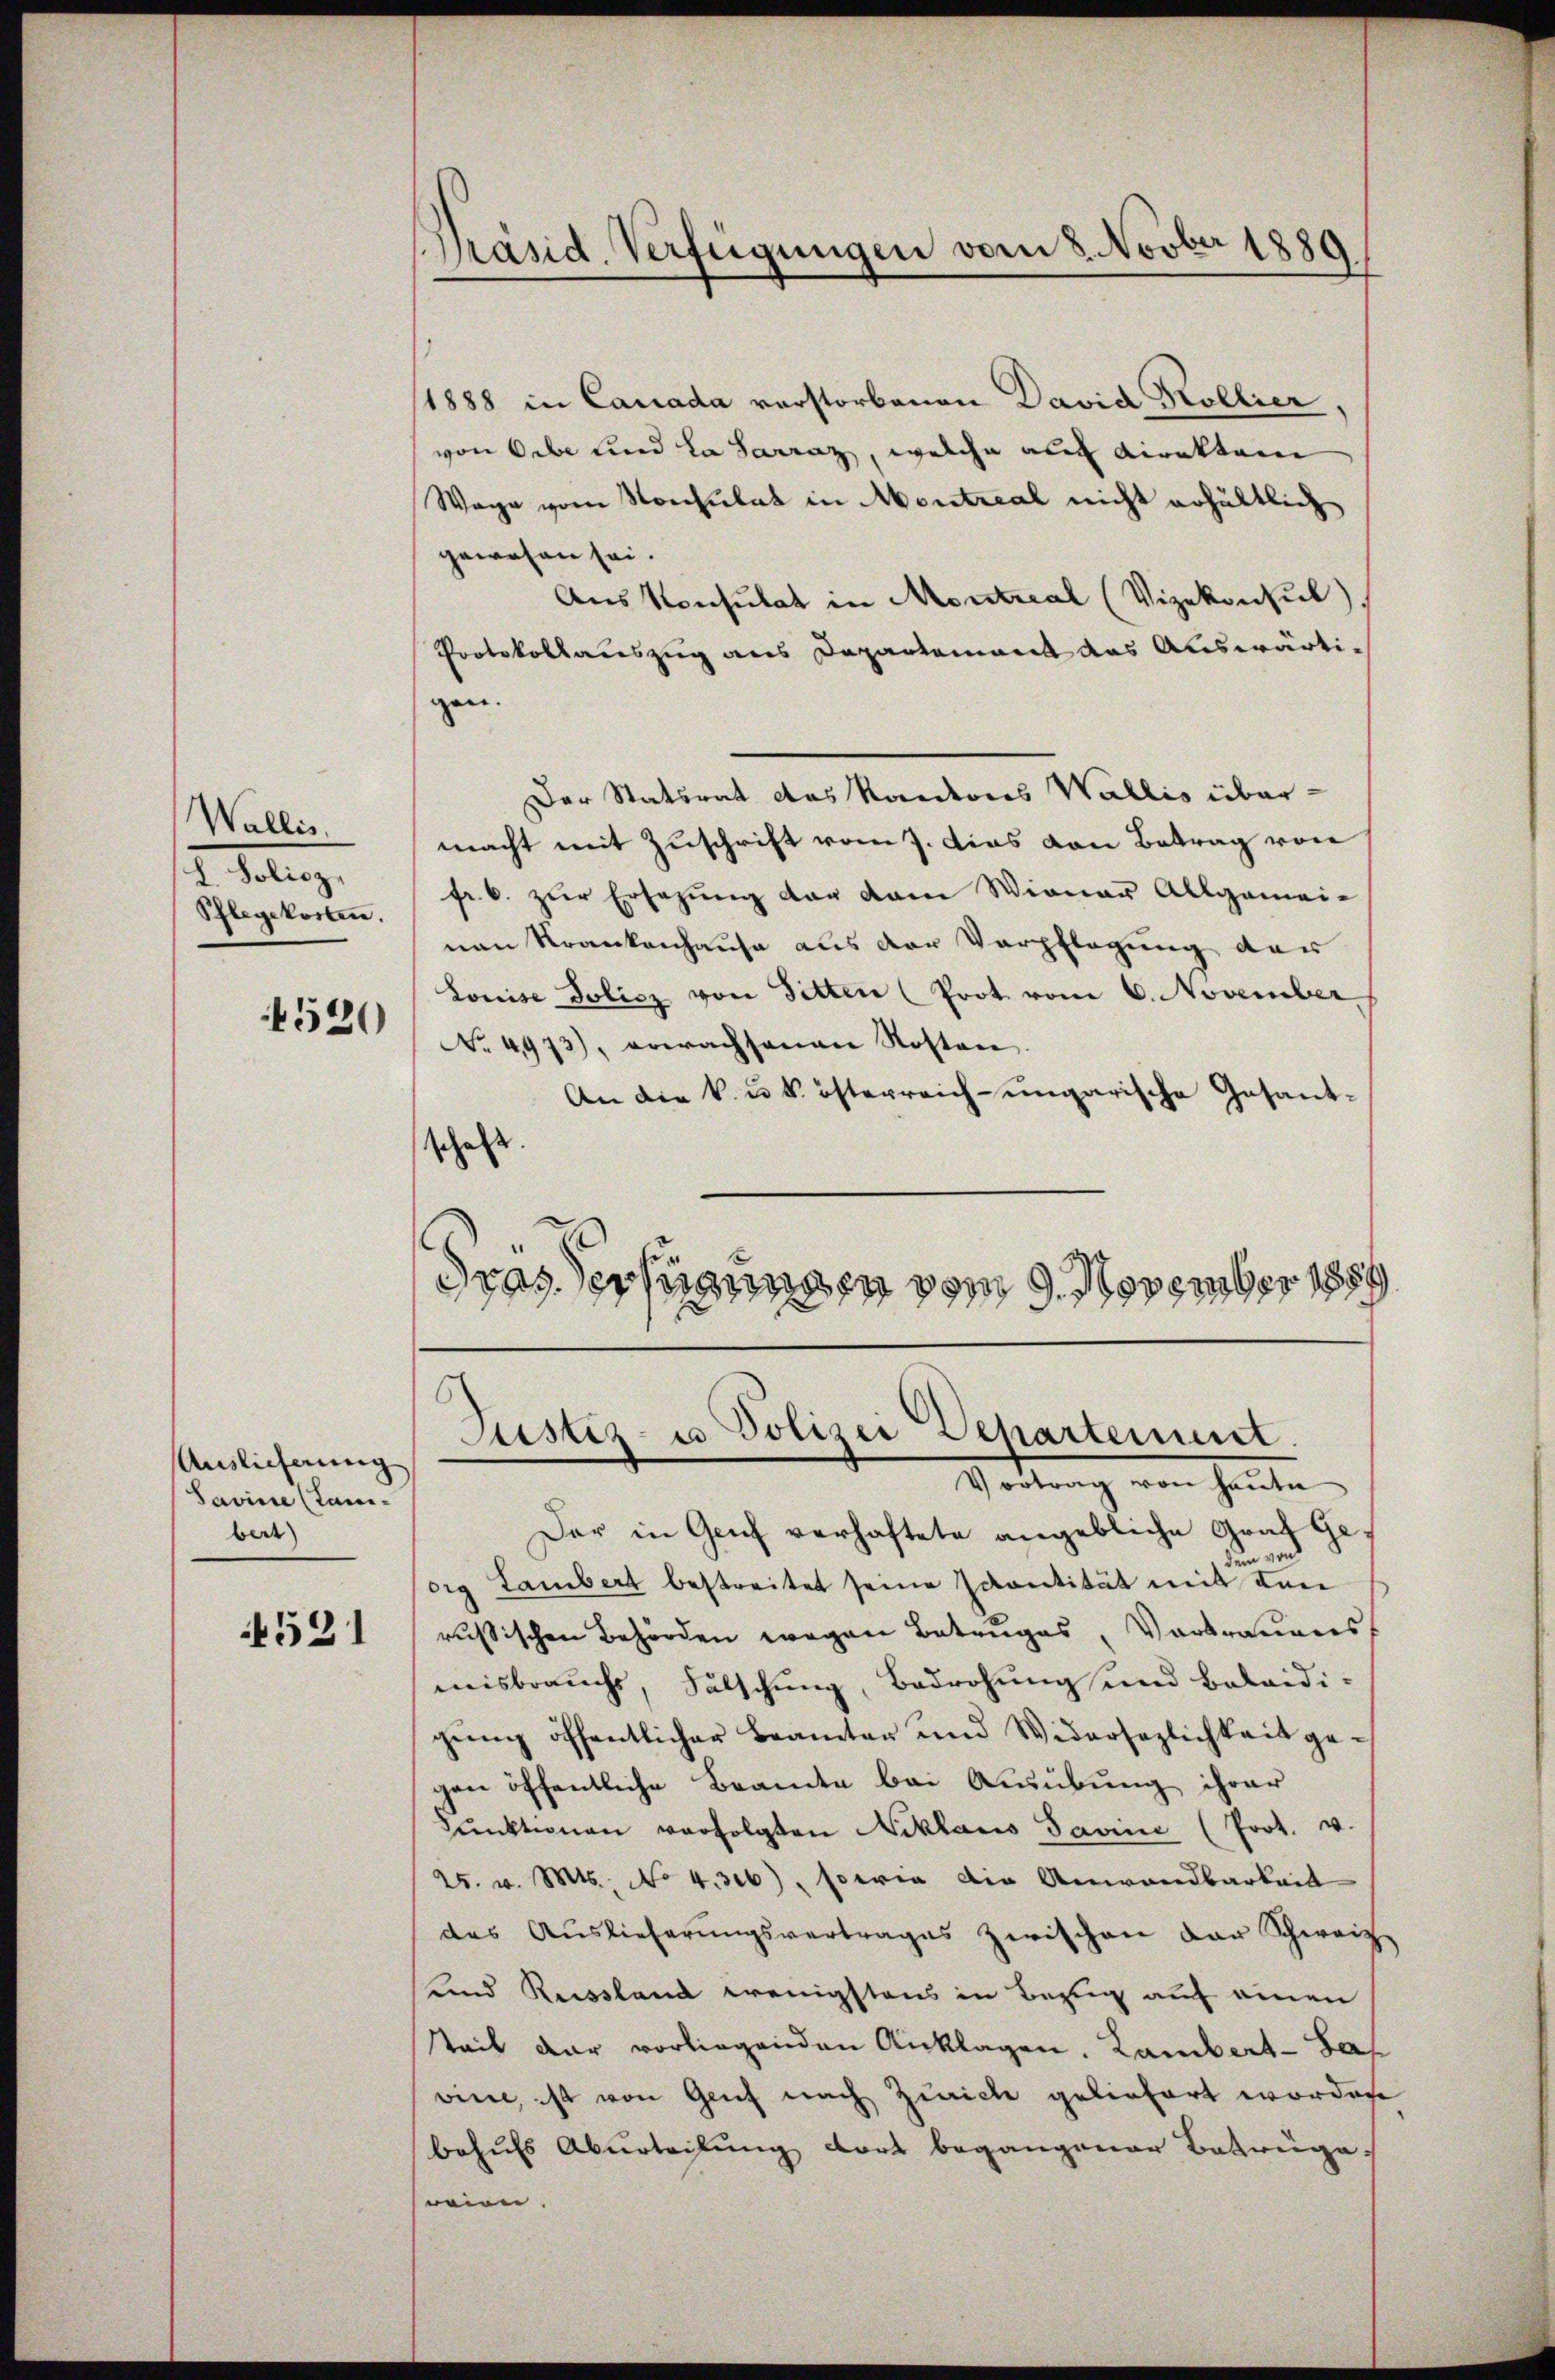
Wallis.
L. Policz,
Pflegekosten.
520

Auslieferung
Savine (Tanibert)

521

Präsid. Verfügungen vom 8. Novber 1889

(1888 in Canada verstorbenen David Kollier.
von Orbe und la Sarraz, welche auch Direkten
Wage vom Konsulat in Montreal nicht erhältlich
gewesen sei.
Aus Konsulat in Montical (Vizekonsul)
Protokollauszug aus Departement das Auswärtigen.
Der Statsrat das Kantons Wallis übermacht mit Zuschrift vom 7. Das von Betrag von
fr. 6. zur Ersezung der kam Wiener Allgemeinan Krankenhause aus der Verpflegung der
Louise Policz von Sitten (Prot vom 6. November
No. 4973), erwachsanen Kosten.
An die k. u. k. österreich-ungarische Gesandschaft
dras dersenden vom 9. November 1889

Justiz- u. Polizei Departement.
Virtung von heute

Der in Genf verhaftete angebliche Graf Gein und
org Lambert bestreitet seine scantität mit den
rußischen Behörden wegen Betruges, Vortrauens
misbrauchs, Fälschung, Bedrohung und balaidigŭng öffentlicher Beamter und Widersezlichkeit gegen öffentliche Beamte bei Ausübung ihrer
Pŭnktionen verfolgten Niklaus Savini (Prot. u.
25. v. Mts. No 4.326), sowie die Anwandbarkeit
das Aŭslieferŭngsvertrages zwischen der Schweiz
und Russland wenigstens in Bezug auf einen
Stail dar vorliegenden Anklagen. Lambert-Sap
vin, ist von Genf nach Zürich geliefert worden
behufs Aburteilung dort begangener Betrüge.
wien